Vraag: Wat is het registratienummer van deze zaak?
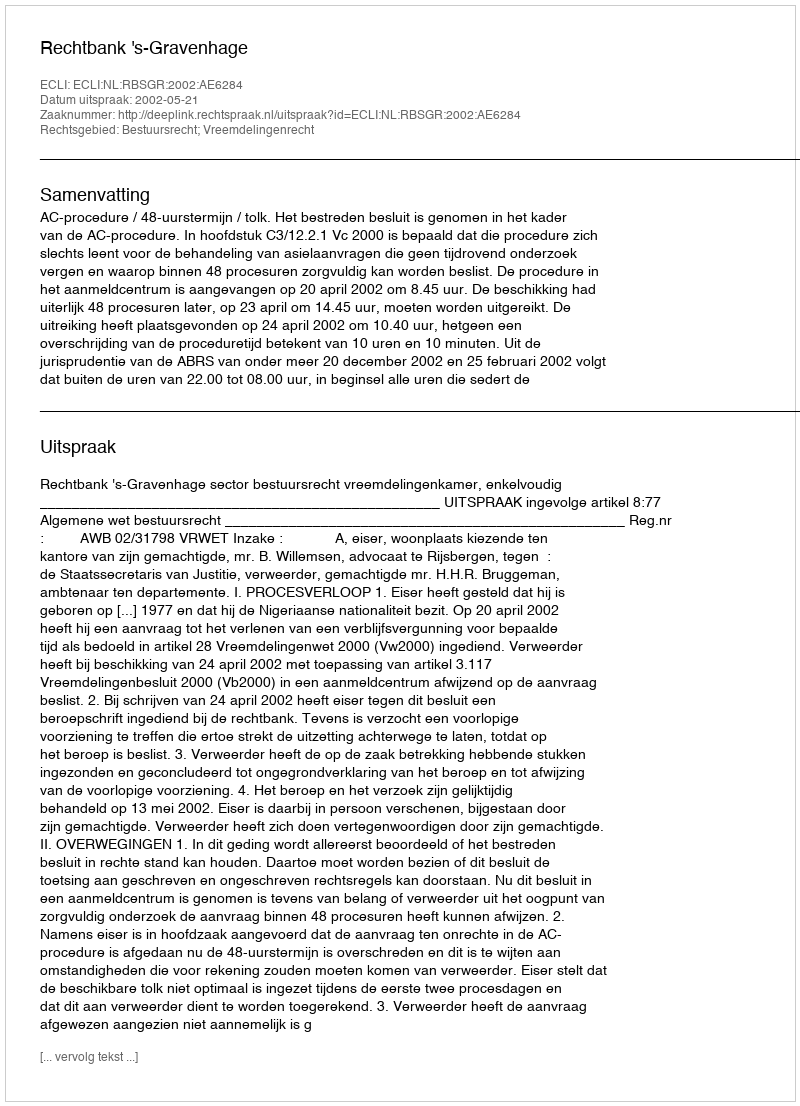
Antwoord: http://deeplink.rechtspraak.nl/uitspraak?id=ECLI:NL:RBSGR:2002:AE6284